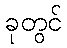
ခုတွင်